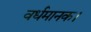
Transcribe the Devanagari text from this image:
वर्धमानक।